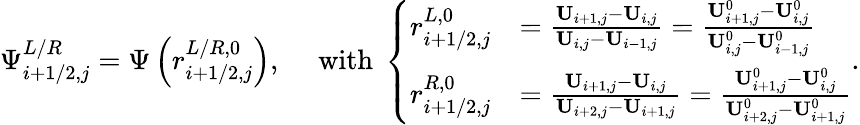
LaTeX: \Psi_{i+1/2,j}^{L/R}=\Psi\left(r_{i+1/2,j}^{L/R,0}\right),\quad\mathrm{~with~}\left\{ \begin{array}{rl}{r_{i+1/2,j}^{L,0}}&{=\frac{\mathbf{U}_{i+1,j}-\mathbf{U}_{i,j}}{\mathbf{U}_{i,j}-\mathbf{U}_{i-1,j}}=\frac{\mathbf{U}_{i+1,j}^{0}-\mathbf{U}_{i,j}^{0}}{\mathbf{U}_{i,j}^{0}-\mathbf{U}_{i-1,j}^{0}}}\\ {r_{i+1/2,j}^{R,0}}&{=\frac{\mathbf{U}_{i+1,j}-\mathbf{U}_{i,j}}{\mathbf{U}_{i+2,j}-\mathbf{U}_{i+1,j}}=\frac{\mathbf{U}_{i+1,j}^{0}-\mathbf{U}_{i,j}^{0}}{\mathbf{U}_{i+2,j}^{0}-\mathbf{U}_{i+1,j}^{0}}}\end{array}\right..